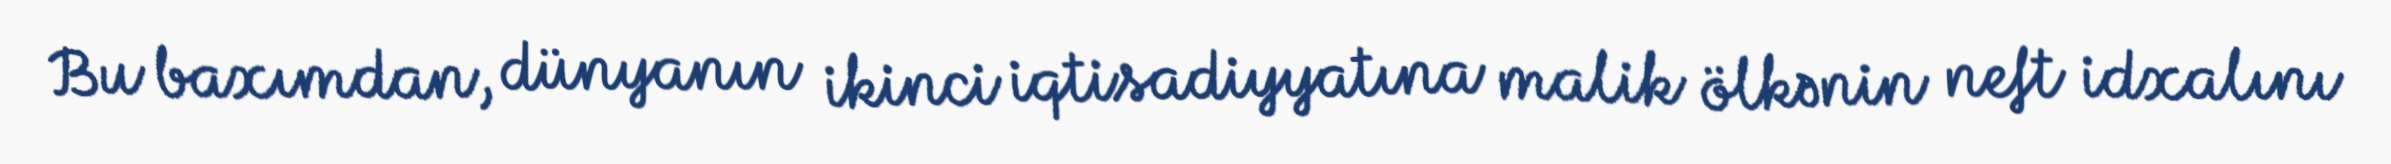
Bu baxımdan, dünyanın ikinci iqtisadiyyatına malik ölkənin neft idxalını